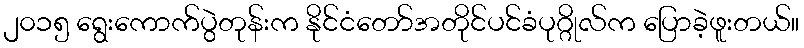
၂၀၁၅ ရွေးကောက်ပွဲတုန်းက နိုင်ငံတော်အတိုင်ပင်ခံပုဂ္ဂိုလ်က ပြောခဲ့ဖူးတယ်။